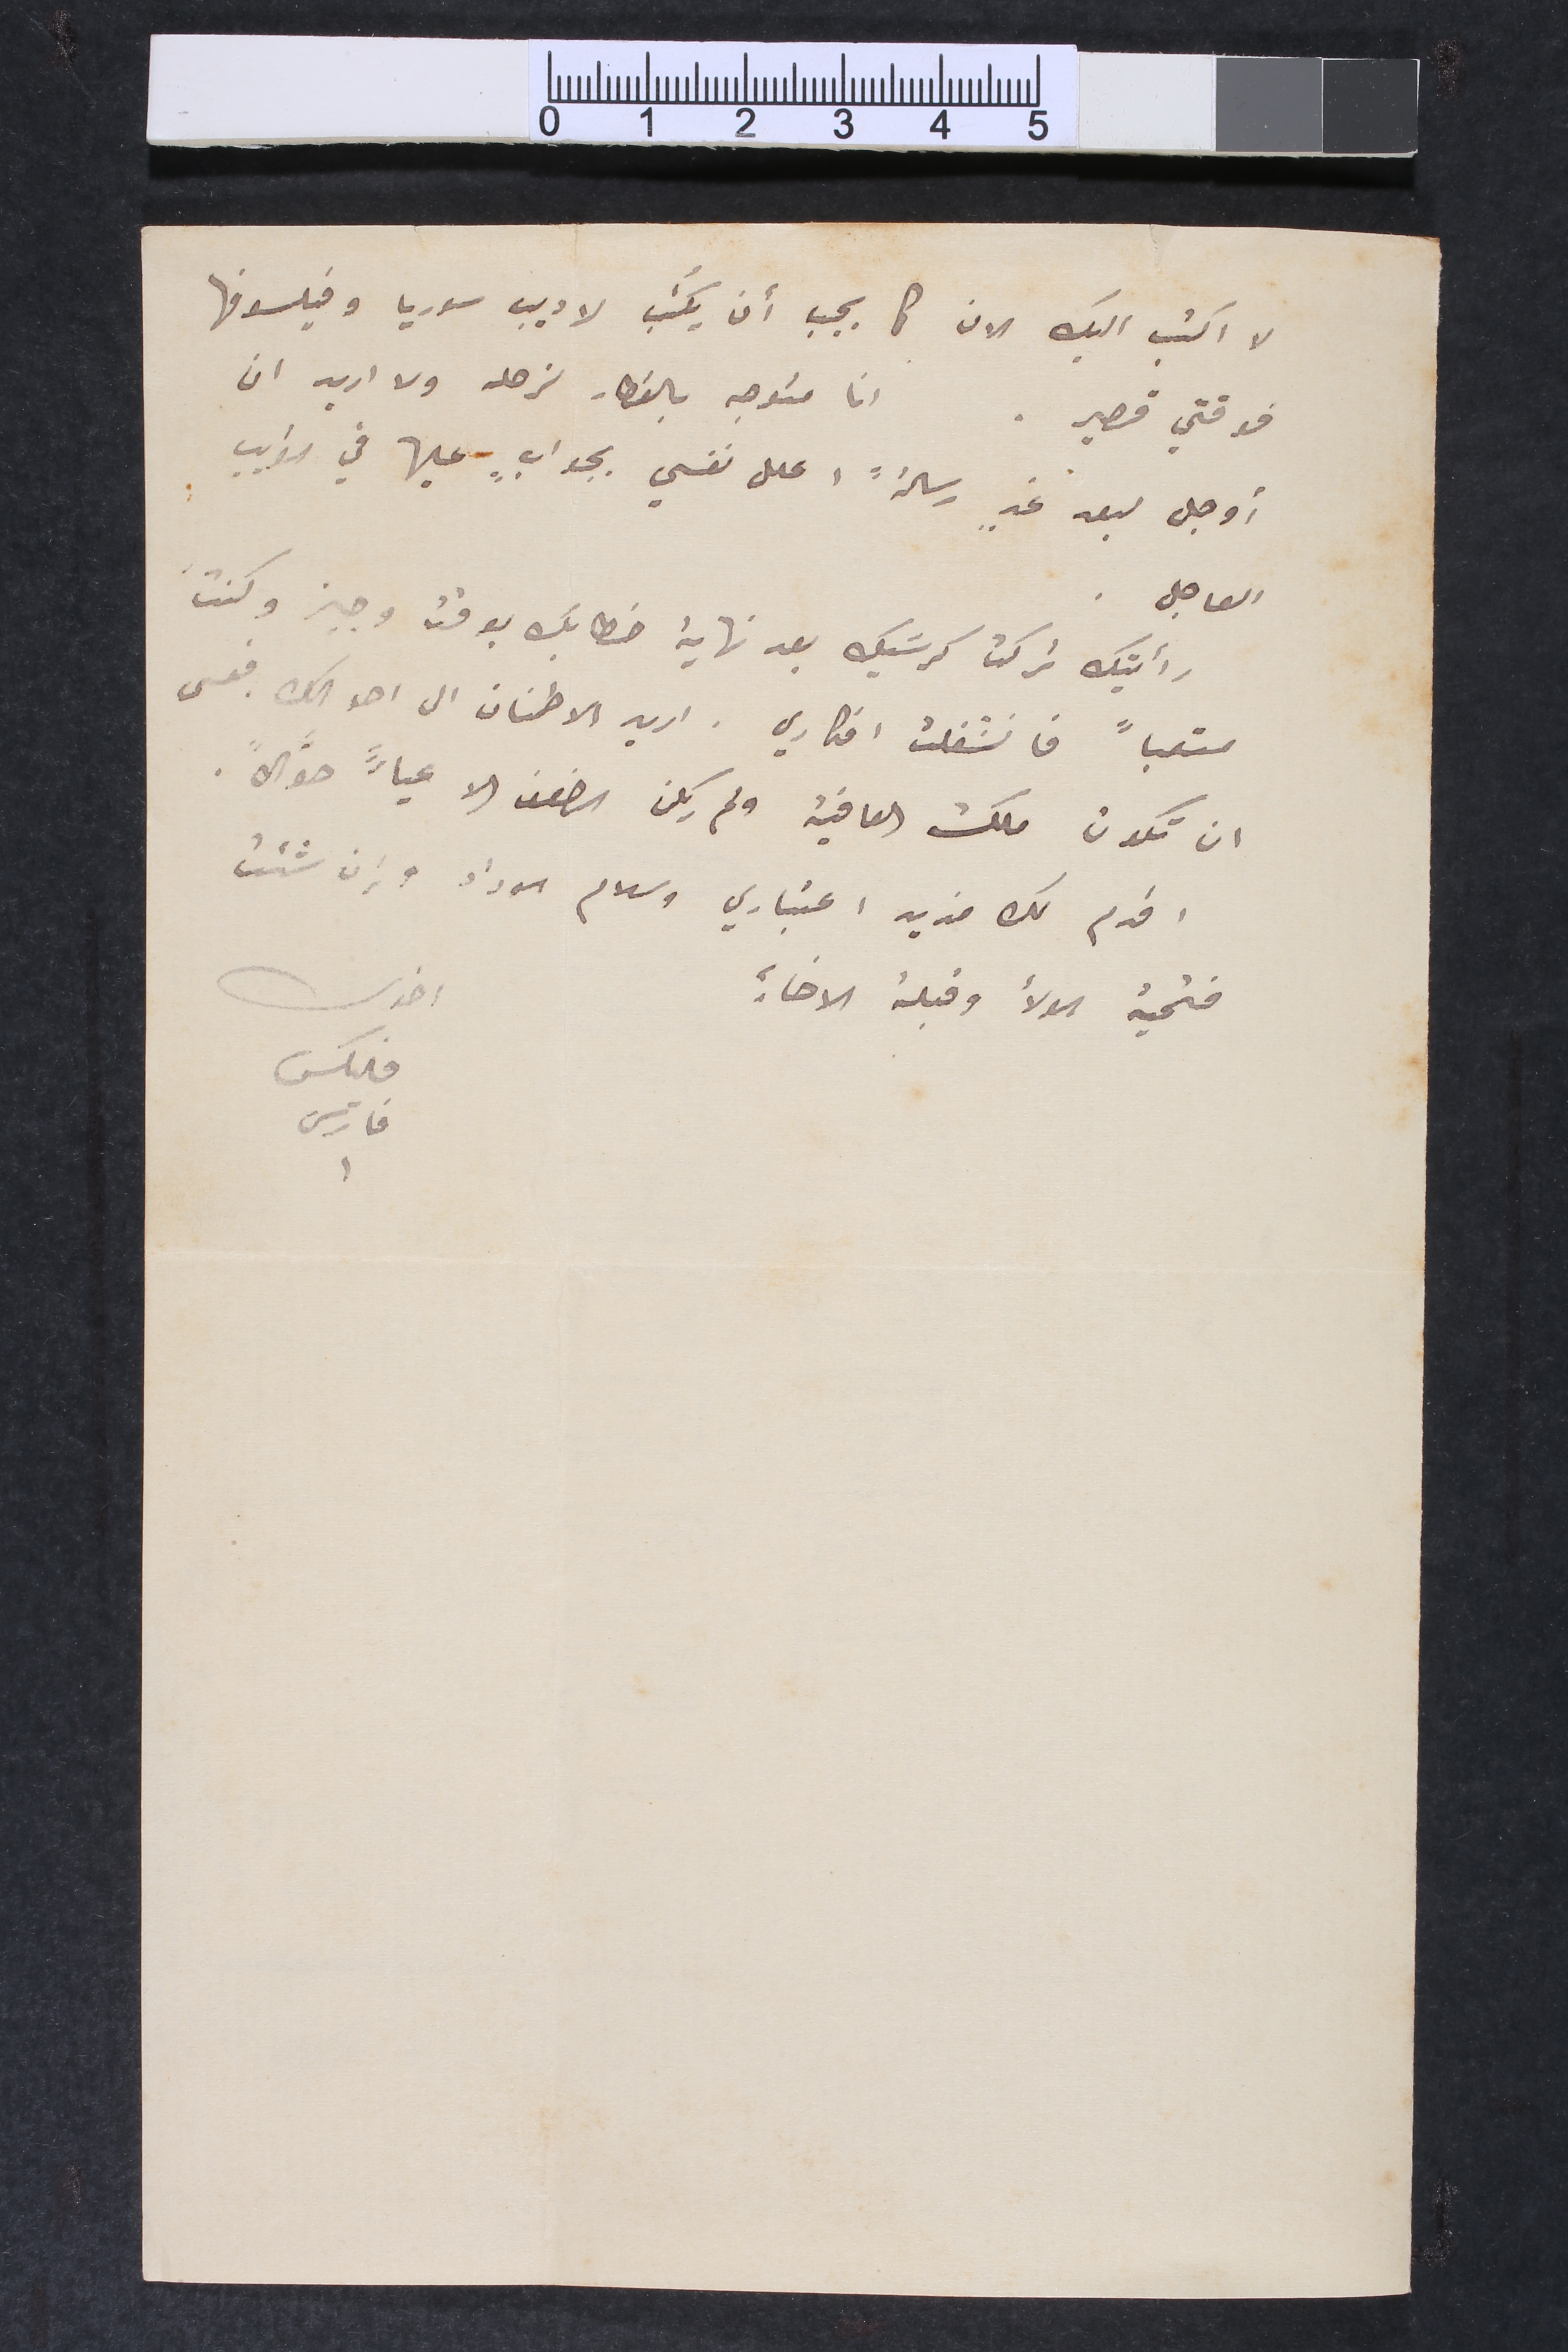
لا اكتب اليك الان كما يجب ان يكُتب لاديب سوريا وفيلسوفها
فوقتي قصير . انا متوجه بالقطار لزحله ولا اريد ان
أوجل لبعد غدٍ رسالةً اعلل نفسي بجوابٍ عليها في القريب
العاجل
رأيتك تركت كرسَيك بعد نهاية خطابك بوقت وجيز وكنت
متعباً فانشغلت افكاري . اريد الاطمنان الى احوالك . فعسى
ان تكون ملك العافية ولم يكن الضعف الا عياءً حوَّالاً
اقدم لك مديد اعتباري وسلام سوداد وإن شئت
فتحية الولاء وقبلة الاخاءِ
اخوك
فليكس
فارس